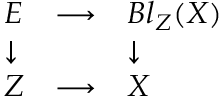
\begin{array} { l l l } { E } & { \longrightarrow } & { B l _ { Z } ( X ) } \\ { \downarrow } & { } & { \downarrow } \\ { Z } & { \longrightarrow } & { X } \end{array}